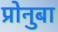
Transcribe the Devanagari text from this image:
प्रोनुबा